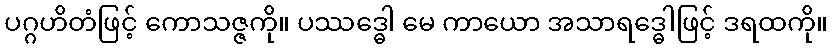
ပဂ္ဂဟိတံဖြင့် ကောသဇ္ဇကို။ ပဿဒ္ဓေါ မေ ကာယော အသာရဒ္ဓေါဖြင့် ဒရထကို။